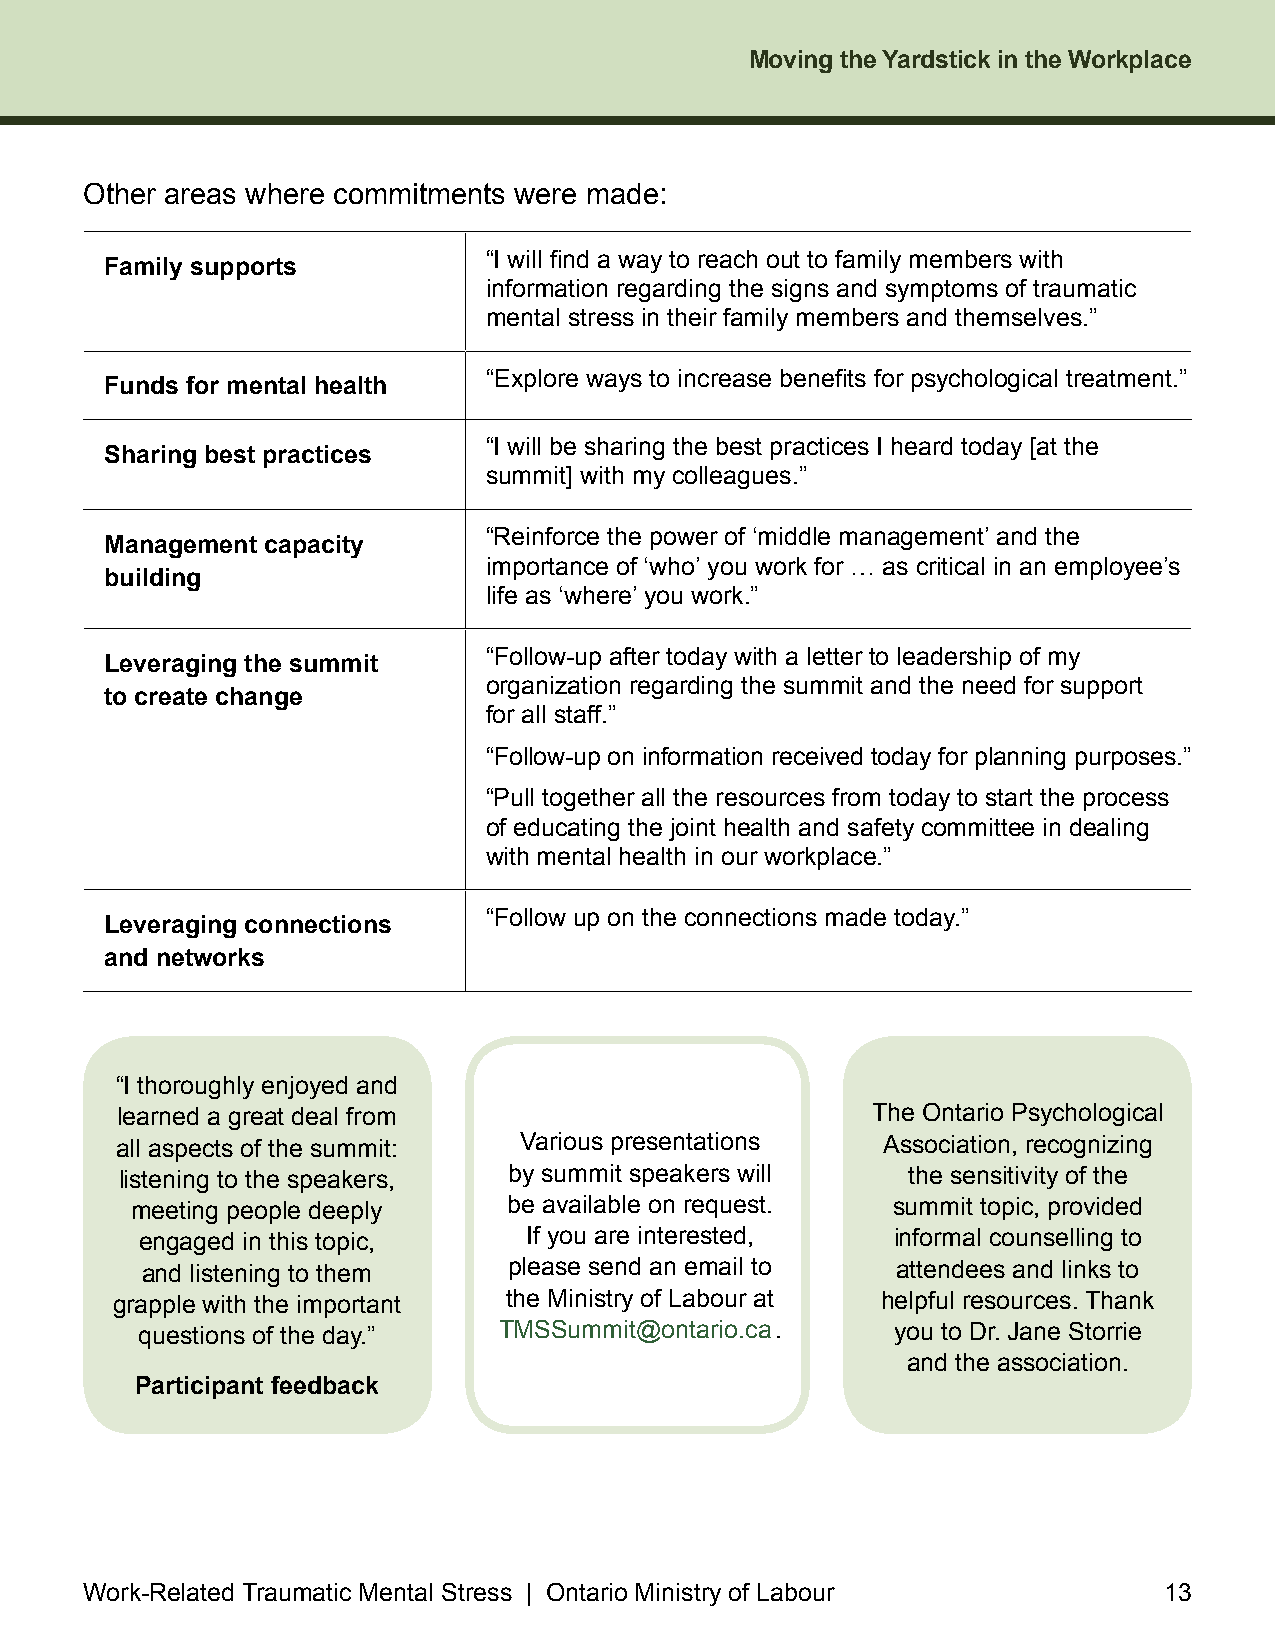
Moving the Yardstick in the Workplace
 Other areas where commitments were made:
 “I will find a way to reach out to family members with
 Family supports
 information regarding the signs and symptoms of traumatic
 mental stress in their family members and themselves .”
 “Explore ways to increase benefits for psychological treatment.”
 Funds for mental health
 “I will be sharing the best practices I heard today [at the
 Sharing best practices
 summit] with my colleagues .”
 “Reinforce the power of ‘middle management’ and the
 Management capacity
 importance of ‘who’ you work for … as critical in an employee’s
 building
 life as ‘where’ you work .”
 “Follow-up after today with a letter to leadership of my
 Leveraging the summit
 organization regarding the summit and the need for support
 to create change
 for all staff .”
 “Follow-up on information received today for planning purposes .”
 “Pull together all the resources from today to start the process
 of educating the joint health and safety committee in dealing
 with mental health in our workplace .”
 “Follow up on the connections made today .”
 Leveraging connections
 and networks
 “I thoroughly enjoyed and
 learned a great deal from                         The Ontario Psychological
 all aspects of the summit: Various presentations  Association, recognizing
 listening to the speakers, by summit speakers will  the sensitivity of the
 meeting people deeply    be available on request . summit topic, provided
 engaged in this topic,    If you are interested,  informal counselling to
 and listening to them    please send an email to  attendees and links to
 grapple with the important the Ministry of Labour at helpful resources . Thank
 questions of the day .” TMSSummit@ontario .ca  .  you to Dr . Jane Storrie
 and the association .
 Participant feedback
 Work-Related Traumatic Mental Stress | Ontario Ministry of Labour      13